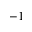
^ { - 1 }